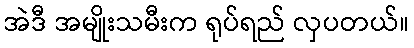
အဲဒီ အမျိုးသမီးက ရုပ်ရည် လှပတယ်။